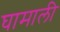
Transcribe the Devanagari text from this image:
घामाली